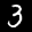
Label: 3